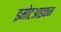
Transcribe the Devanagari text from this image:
इमोटआइकन